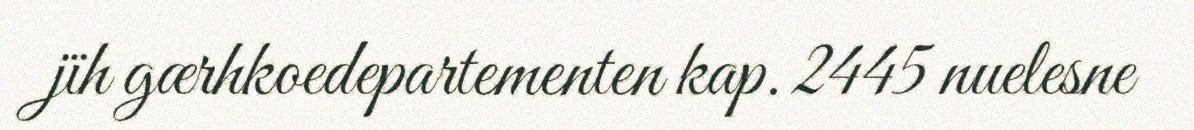
jïh gærhkoedepartementen kap. 2445 nuelesne